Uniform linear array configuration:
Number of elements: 8
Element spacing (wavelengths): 0.75
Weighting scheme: cosine
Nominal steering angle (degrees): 15
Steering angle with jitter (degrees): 15.84
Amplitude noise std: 0.05
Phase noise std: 0.05

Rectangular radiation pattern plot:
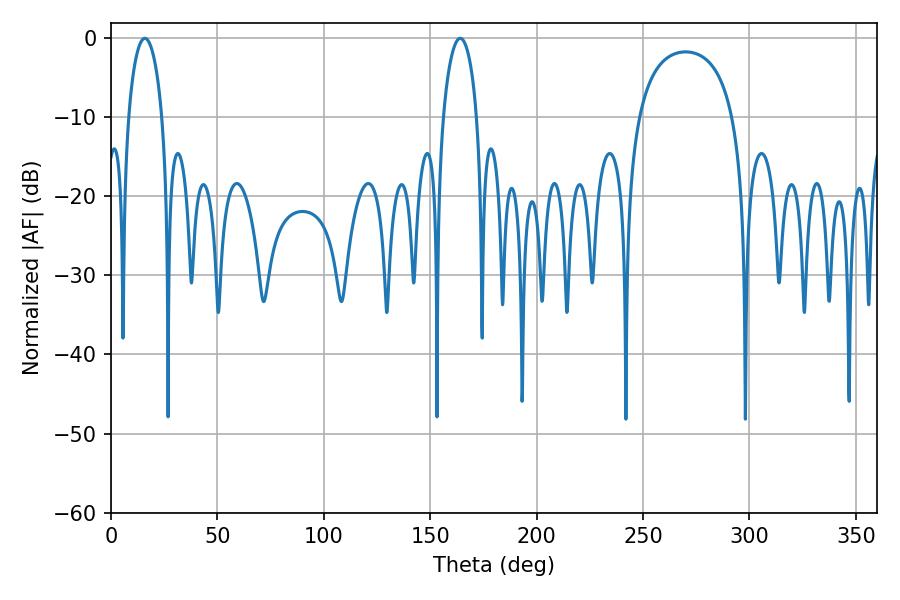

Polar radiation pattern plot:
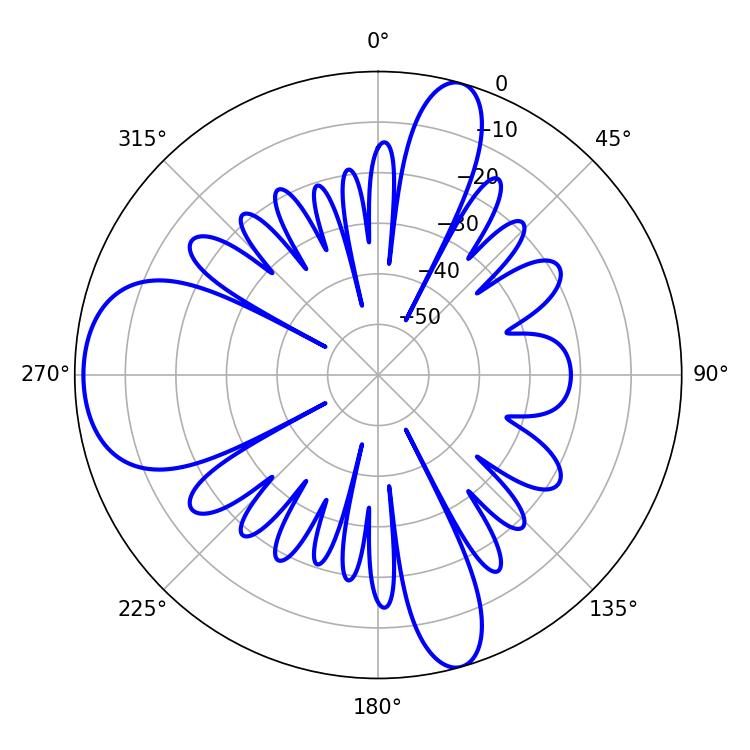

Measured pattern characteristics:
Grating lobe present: TRUE
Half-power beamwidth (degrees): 9
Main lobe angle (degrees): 15.84